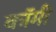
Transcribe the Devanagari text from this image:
कॉमी